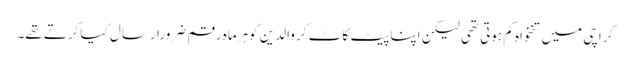
کراچی میں تنخواہ کم ہوتی تھی لیکن اپنا پیٹ کاٹ کر والدین کوہرماہ رقم ضرورارسال کیاکرتے تھے۔